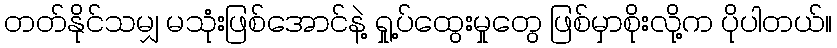
တတ်နိုင်သမျှ မသုံးဖြစ်အောင်နဲ့ ရှု့ပ်ထွေးမှုတွေ ဖြစ်မှာစိုးလို့က ပိုပါတယ်။